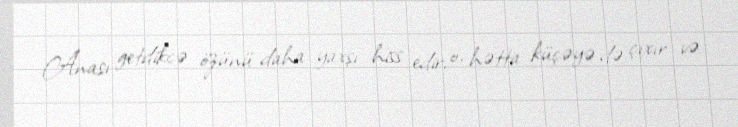
Anası getdikcə özünü daha yaxşı hiss edir, o, hətta küçəyə də çıxır və